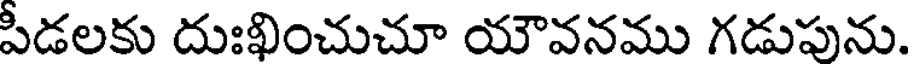
పీడలకు దుఃఖించుచూ యౌవనము గడుపును.